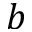
b